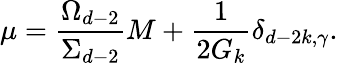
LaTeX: \mu=\frac{\Omega_{d-2}}{\Sigma_{d-2}}M+\frac{1}{2G_{k}}\delta_{d-2k,\gamma}.